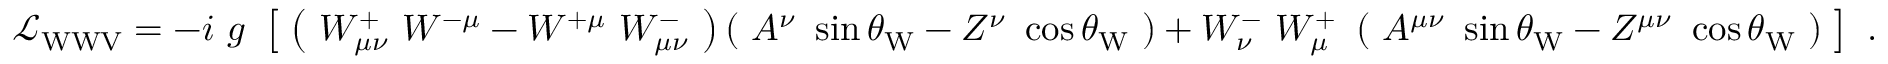
{ \mathcal { L } } _ { \mathrm { W W V } } = - i \ g \ \left[ \; \left( \ W _ { \mu \nu } ^ { + } \ W ^ { - \mu } - W ^ { + \mu } \ W _ { \mu \nu } ^ { - } \ \right) \left( \ A ^ { \nu } \ \sin \theta _ { \mathrm { W } } - Z ^ { \nu } \ \cos \theta _ { \mathrm { W } } \ \right) + W _ { \nu } ^ { - } \ W _ { \mu } ^ { + } \ \left( \ A ^ { \mu \nu } \ \sin \theta _ { \mathrm { W } } - Z ^ { \mu \nu } \ \cos \theta _ { \mathrm { W } } \ \right) \; \right] ~ .